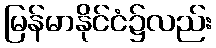
မြန်မာနိုင်ငံ၌လည်း